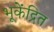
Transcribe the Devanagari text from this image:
भूकेंद्रित